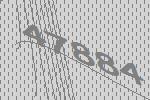
47884